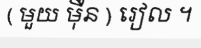
( មួយ ម៉ឺន ) រៀល ។